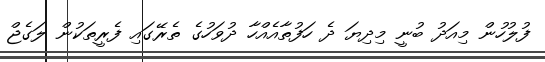
ފުލުހުން މިއަދު ބުނީ މިދިޔަ ދެ ހަފުތާއެއްހާ ދުވަހުގެ ތެރޭގައި ފެރީތަކުން ލަގެޖް